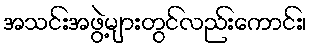
အသင်းအဖွဲ့များတွင်လည်းကောင်း၊